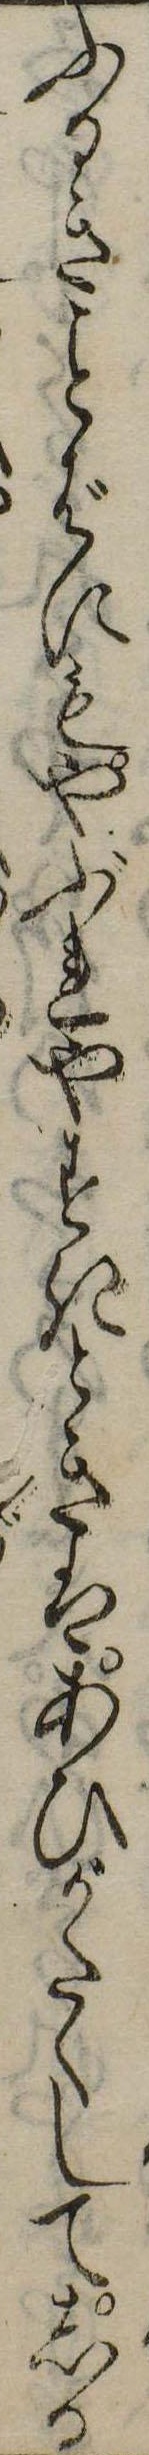
ふるきばにもやぶれやすきときはあひがたくしてしか